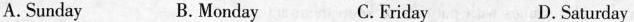
A.Sunday B. Monday C.Friday D. Saturday